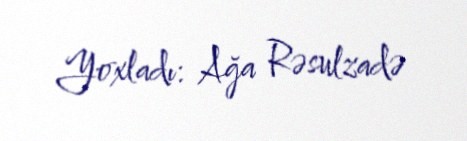
Yoxladı: Ağa Rəsulzadə